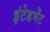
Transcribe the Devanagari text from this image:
इंटेडमेंट